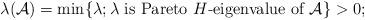
LaTeX: \begin{align*}\lambda(\mathcal{A})=\min\{\lambda; \lambda \mbox{ is Pareto $H$-eigenvalue of }\mathcal{A}\}>0;\end{align*}